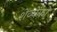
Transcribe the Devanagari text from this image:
शेव्चेंको